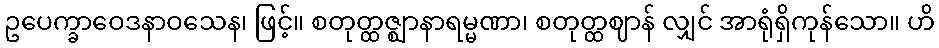
ဥပေက္ခာဝေဒနာဝသေန၊ ဖြင့်။ စတုတ္ထဇ္ဈာနာရမ္မဏာ၊ စတုတ္ထဈာန် လျှင် အာရုံရှိကုန်သော။ ဟိ